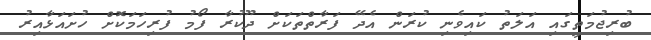
ބުރިޖުމަތީގައި އަލަތު ކައިވެނި ކުރަން އެދޭ ފަރާތްތަކަށް ދޫކުރާ ފޯމު ފުރިހަމަކޮށް ހުށައަޅާއިރު